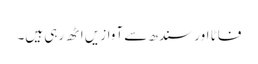
فاٹا اور سندھ سے آوازیں اٹھ رہی ہیں۔